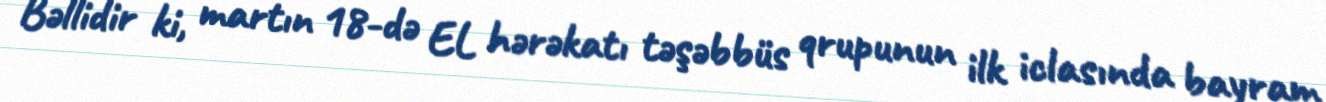
Bəllidir ki, martın 18-də EL hərəkatı təşəbbüs qrupunun ilk iclasında bayram